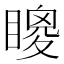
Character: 𥊙